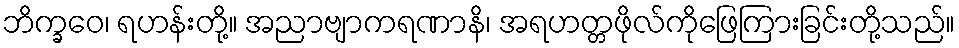
ဘိက္ခဝေ၊ ရဟန်းတို့။ အညာဗျာကရဏာနိ၊ အရဟတ္တဖိုလ်ကိုဖြေကြားခြင်းတို့သည်။